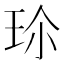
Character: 𭹀